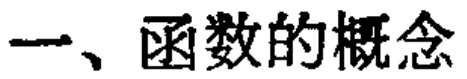
一、函数的概念